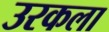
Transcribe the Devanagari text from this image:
उरकला